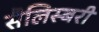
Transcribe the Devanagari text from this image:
सैलिस्बरी